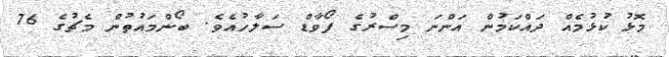
މޮޅު ކުޅުމެއް ދައްކަމުން އަންނަ މިސްރުގެ ފޯވާޑް ސަލާހުއެވެ. ބޯންމައުތުން މެޗުގެ 76